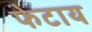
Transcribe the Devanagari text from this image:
फेटाय